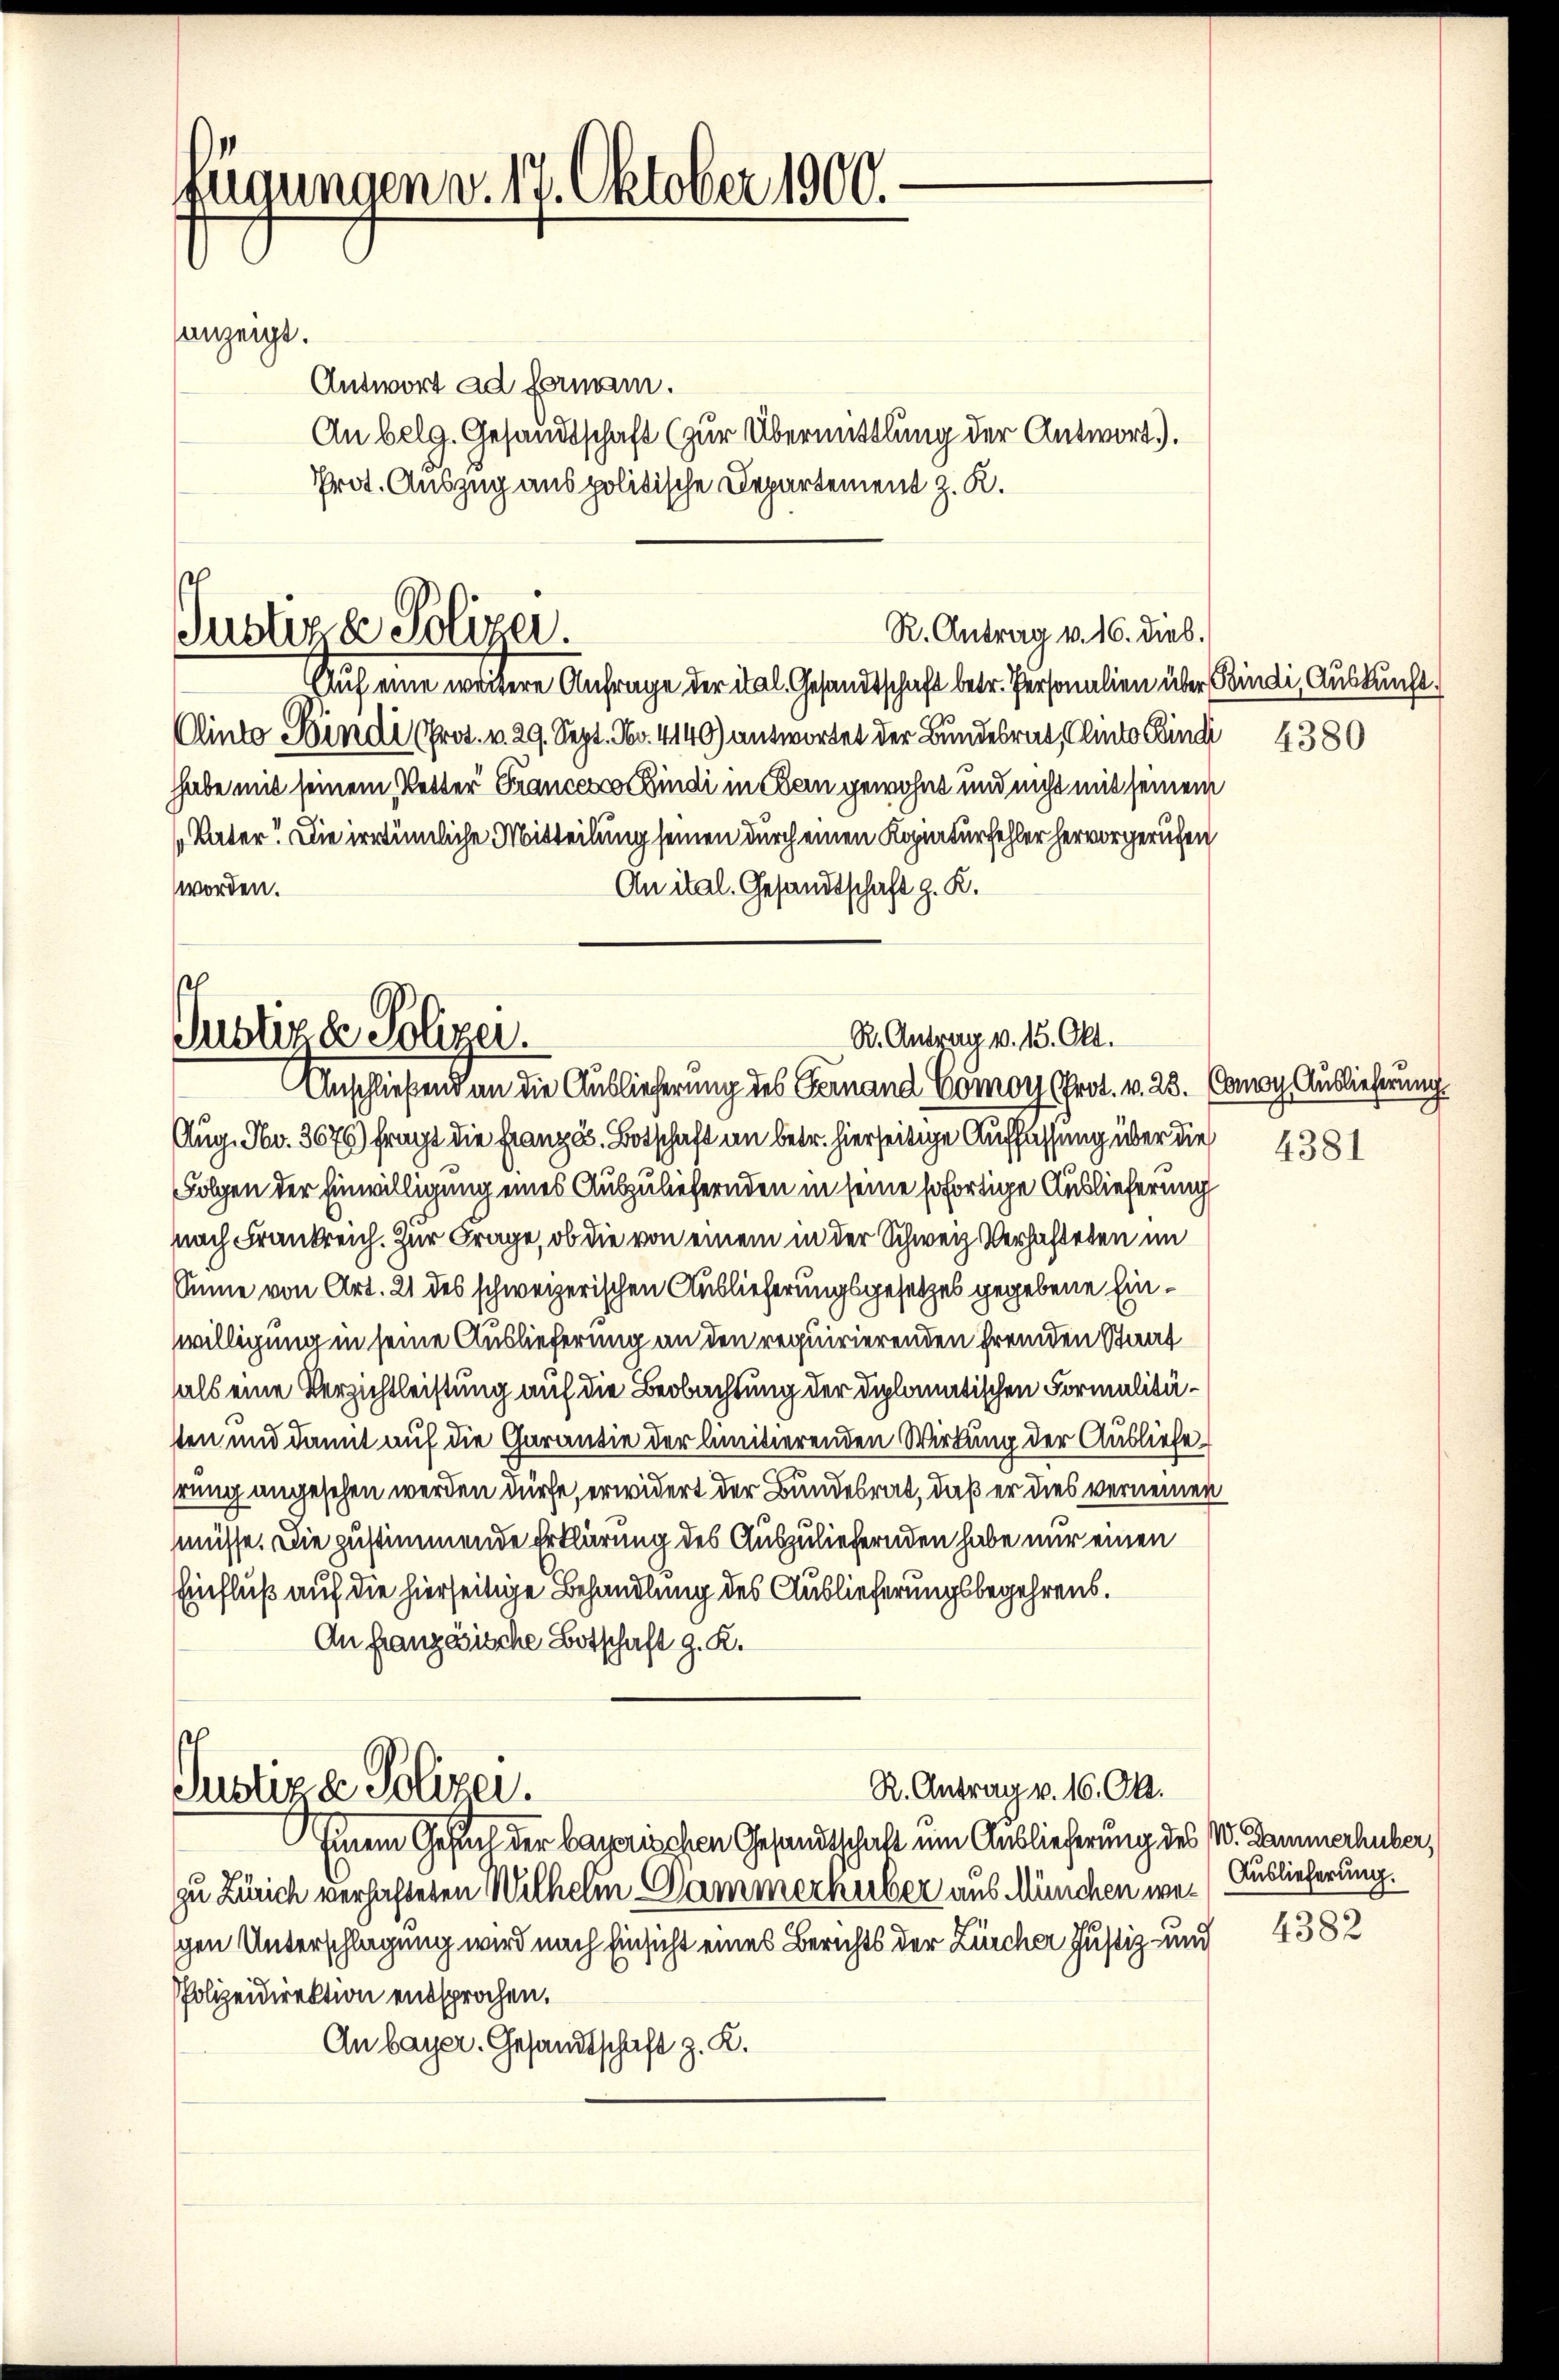
Rügungen v. 17. Oktober 1900.-
anzeigt.
Antwort ad fermann.

An belg. Gesandtschaft (zur Übermittlung der Antwort).
Prot. Auszug aus politische Departement z. R.
l

R. Antrag v. 16. Dieb.
Justige Polizei.

Auf eine weitere Anfrage der ital. Gesandtschaft betr. Personalien über Bindi, Auskunft.
Cinto Sindi (Prot. v. 29. Sept. No. 4140) antwortet der Bundesrat Clinto sind 4380
hhabe mit seinem Vetter Francesca Bindi in Dein gewohnt und nicht mit seinem
Vater! Die irrtümliche Mitteilung seinen durch einen Kopiaturfehler hervorgerufen
An ital. Gesandtschaft z. K.
worden.

Justizde Polizer.
R. Antrag v. 15. Okt.
Anschließend an die Auslieferung des Fernand Comoy (Prot. v. 23. (Anoy Auslieferung.

Aug. Fr. 3676) fragt die Französ. Botschaft an betr. hierseitige Auffassung über die
Folgen der Einwilligung eines Auszuliefernden in seine sofortige Auslieferung
nach Frankreich. Zur Frage, ob die von einem in der Schweiz Verhafteten im
Sinie von Art. 21 des schweizerischen Auslieferungsgesetzes gegebene Einwilligung in seine Auslieferung an den requirierenden fremden Staat
hals eine Verzichtleistung auf die Beobachtung der diplomatischen Formalitästen und damit auf die Garantie der limitierenden Wirkung der Ausliefe
hrung angesehen werden dürfe, erwidert der Bundesrat, daß er dies verneiner
müsse. Die zustimmende Erklärung des Auszuliefernden habe nur einen
Einfluß auf die hierseitige Behandlung des Auslieferungsbegehrens.
An französische Botschaft G. K.
R. Antrag v. 16. Okt.
Justiz & Polizei.
Einem Gesel der bayerischen Gesandtschaft um Auslieferung des V. Dammerhuber,
zu Zürich verhafteten Wilhelm Dämmerhuber aus München wegen Unterschlagung wird nach Einsicht eines Berichts der Zürcher Justiz- und 4382
PPolizeidirektion entsprochen.
An bayer. Gesandtschaft z. K.

4381

Auslieferung.